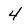
Character: 4